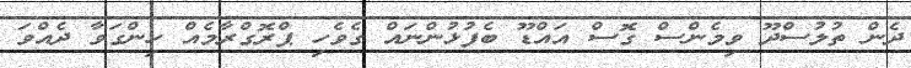
ދެން ތުލުސްދޫ ވިމެންސް ގޮސް އައްޑޫ ބެފުޅުންނައް ގެވެހި ޕްރޮގްރާމެއް ހިންގަވާ ދެއްވަ